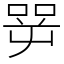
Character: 㖾